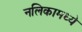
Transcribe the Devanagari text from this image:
नलिकामध्ये